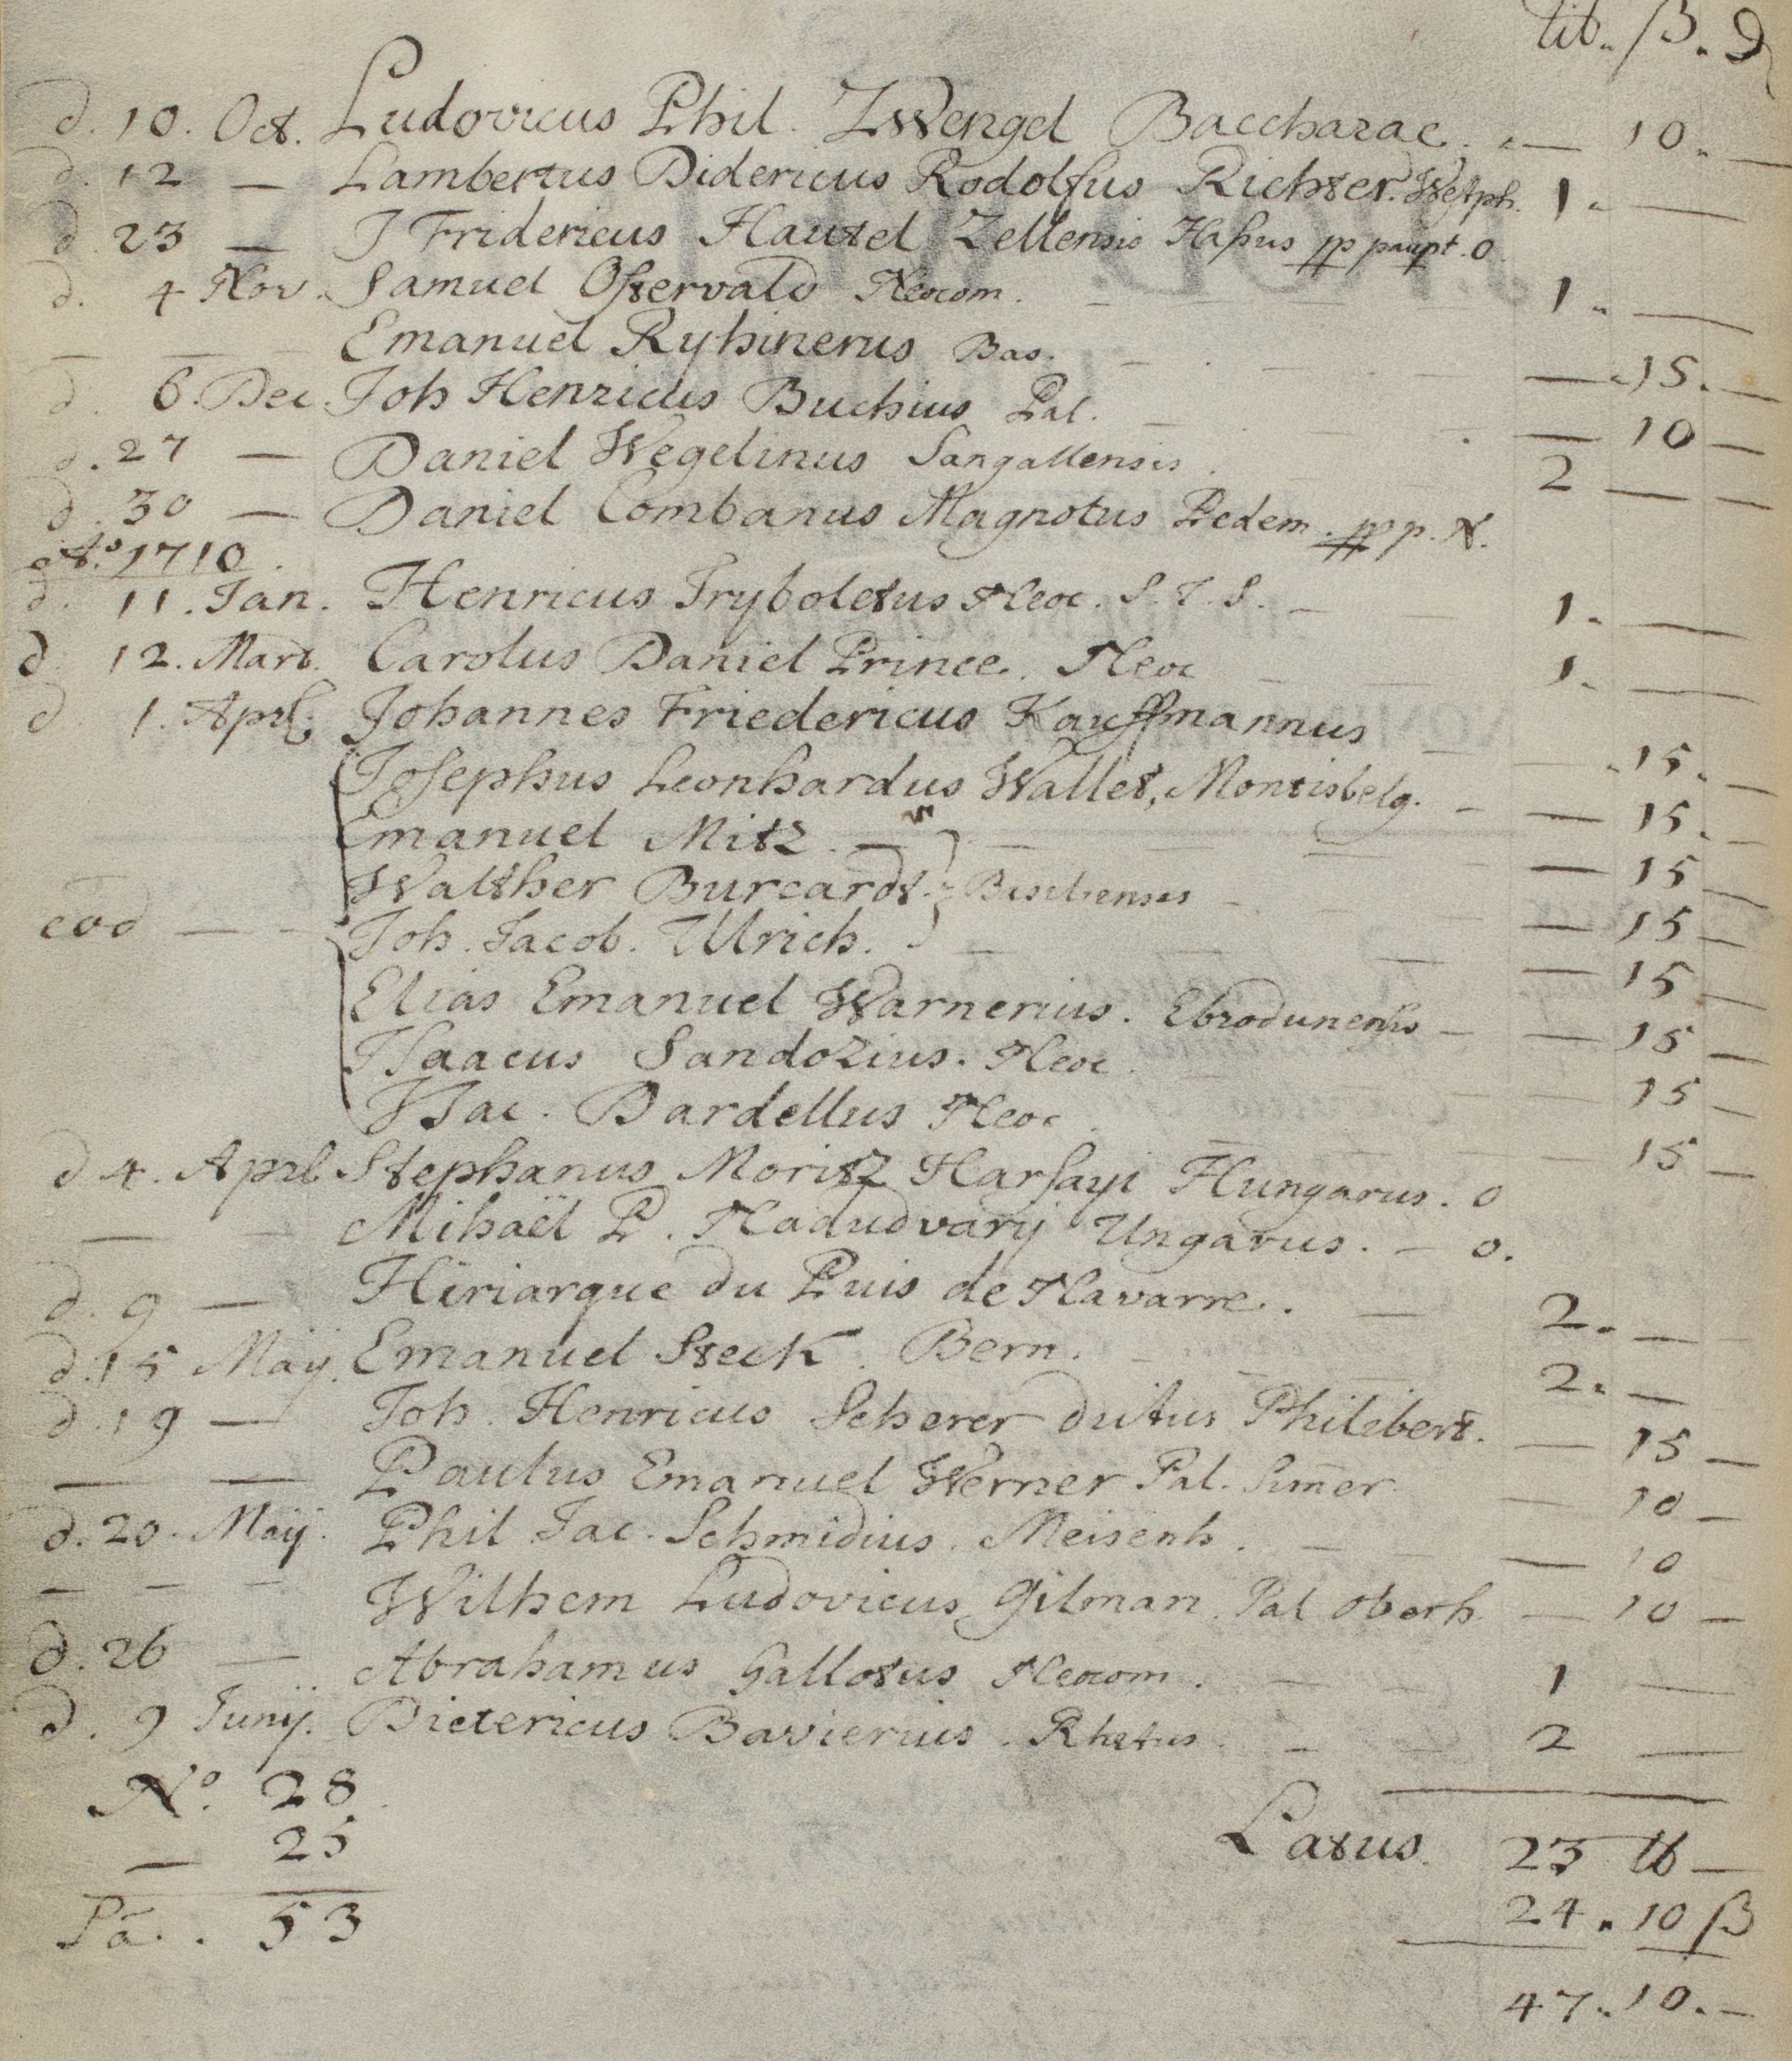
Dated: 1654–1764